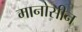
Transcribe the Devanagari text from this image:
मानोसीन